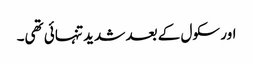
اور سکول کے بعد شدید تنہائی تھی۔